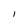
Character: I